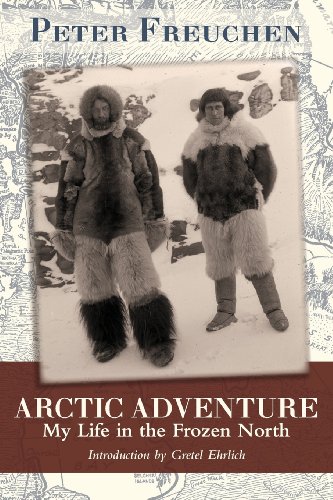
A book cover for Arctic Adventure: My Life in the Frozen North; Peter Freuchen; Travel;